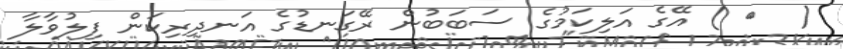
(  ٣ ) އޭގެ އަލިކަމުގެ ސަބަބުން ރޭގަނޑުގެ އަނދިރިކަން ފިލުވާލާ